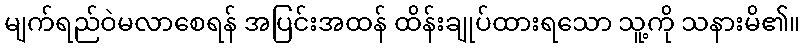
မျက်ရည်ဝဲမလာစေရန် အပြင်းအထန် ထိန်းချုပ်ထားရသော သူ့ကို သနားမိ၏။